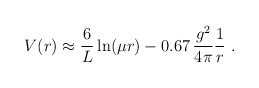
\begin{align*}V(r) \approx \frac{6}{L} \ln (\mu r) -0.67 \,\frac{g^2}{4\pi}\frac{1}{r} \ .\end{align*}